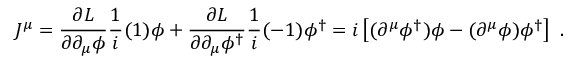
J ^ { \mu } = \frac { \partial { \cal { L } } } { \partial \partial _ { \mu } \phi } \frac { 1 } { i } ( 1 ) \phi + \frac { \partial { \cal { L } } } { \partial \partial _ { \mu } \phi ^ { \dagger } } \frac { 1 } { i } ( - 1 ) \phi ^ { \dagger } = i \left[ ( \partial ^ { \mu } \phi ^ { \dagger } ) \phi - ( \partial ^ { \mu } \phi ) \phi ^ { \dagger } \right] ~ .